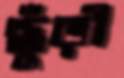
ছুঁড়ী